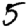
Digit: 5